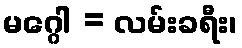
မဂ္ဂေါ = လမ်းခရီး၊